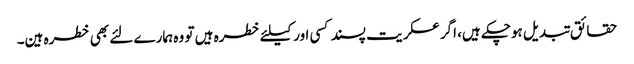
حقائق تبدیل ہوچکے ہیں، اگر عسکریت پسند کسی اور کیلئے خطرہ ہیں تو وہ ہمارے لئے بھی خطرہ ہین۔